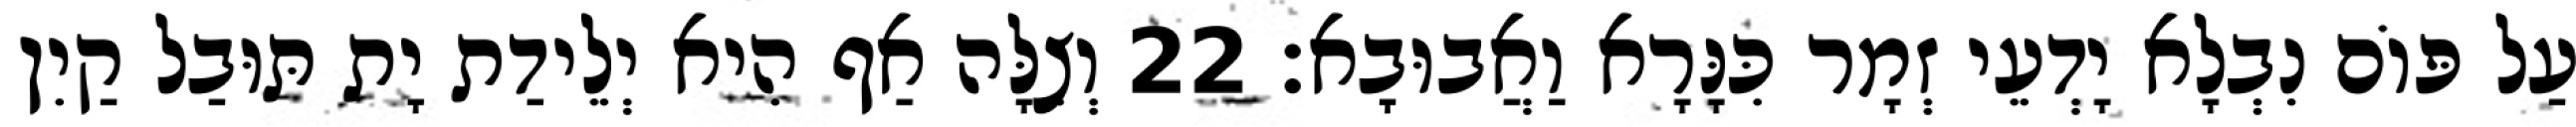
עַל פּוֹם נִבְלָא יָדְעֵי זְמָר כִּנָּרָא וַאֲבוּבָא׃ 22 וְצִלָּה אַף הִיא יְלֵידַת יָת תּוּבַל קַיִן